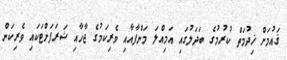
ޤައުމަށް ޚިދުމަތް ކުރުމުގެ ބަދަލުގައި އަމިއްލަ މަންފާއާއި ވެރިކަމުގެ ޖާހާއި ޝަރަފަށްޓަކަައި ވެރިކަން